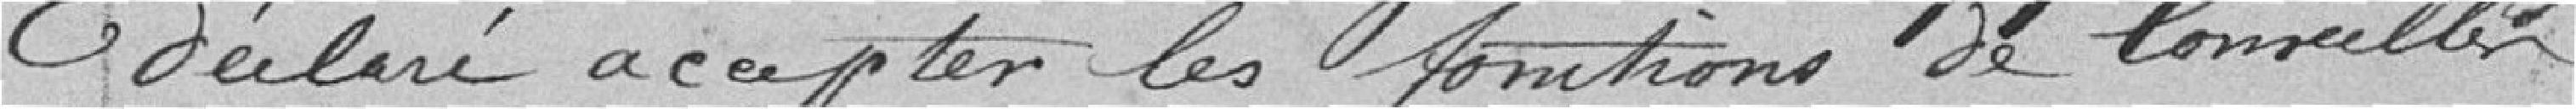
déclaré accepter les fonctions de Conseiller,